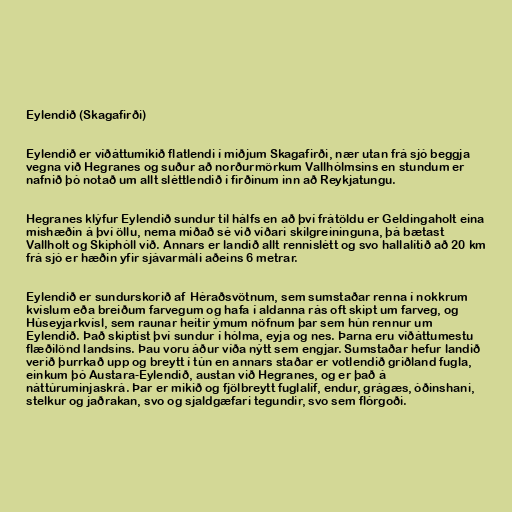
Eylendið (Skagafirði)

Eylendið er víðáttumikið flatlendi í miðjum Skagafirði, nær utan frá sjó beggja
vegna við Hegranes og suður að norðurmörkum Vallhólmsins en stundum er
nafnið þó notað um allt sléttlendið í firðinum inn að Reykjatungu.

Hegranes klýfur Eylendið sundur til hálfs en að því frátöldu er Geldingaholt eina
mishæðin á því öllu, nema miðað sé við víðari skilgreininguna, þá bætast
Vallholt og Skiphóll við. Annars er landið allt rennislétt og svo hallalítið að 20 km
frá sjó er hæðin yfir sjávarmáli aðeins 6 metrar.

Eylendið er sundurskorið af Héraðsvötnum, sem sumstaðar renna í nokkrum
kvíslum eða breiðum farvegum og hafa í aldanna rás oft skipt um farveg, og
Húseyjarkvísl, sem raunar heitir ýmum nöfnum þar sem hún rennur um
Eylendið. Það skiptist því sundur í hólma, eyja og nes. Þarna eru víðáttumestu
flæðilönd landsins. Þau voru áður víða nýtt sem engjar. Sumstaðar hefur landið
verið þurrkað upp og breytt í tún en annars staðar er votlendið griðland fugla,
einkum þó Austara-Eylendið, austan við Hegranes, og er það á
náttúruminjaskrá. Þar er mikið og fjölbreytt fuglalíf, endur, grágæs, óðinshani,
stelkur og jaðrakan, svo og sjaldgæfari tegundir, svo sem flórgoði.